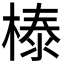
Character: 𣗘